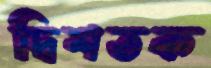
দ্বিশতক